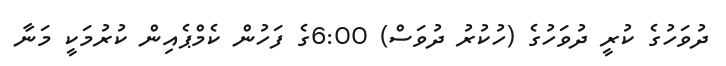
ދުވަހުގެ ކުރީ ދުވަހުގެ (ހުކުރު ދުވަސް) 6:00ގެ ފަހުން ކެމްޕެއިން ކުރުމަކީ މަނާ